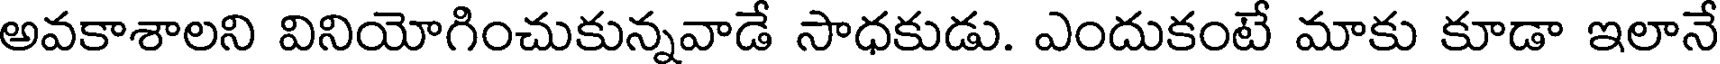
అవకాశాలని వినియోగించుకున్నవాడే సాధకుడు. ఎందుకంటే మాకు కూడా ఇలానే